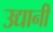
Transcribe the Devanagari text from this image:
उद्यानी